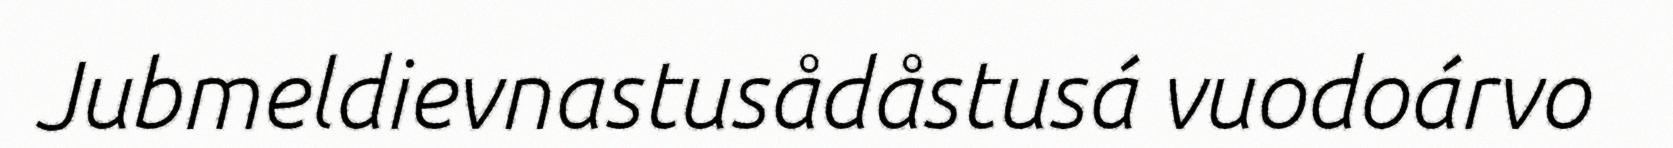
Jubmeldievnastusådåstusá vuodoárvo